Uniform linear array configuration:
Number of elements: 12
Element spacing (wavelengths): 0.5
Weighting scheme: hamming
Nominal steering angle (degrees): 60
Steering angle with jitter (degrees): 60.315
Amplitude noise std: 0.05
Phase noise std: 0.05

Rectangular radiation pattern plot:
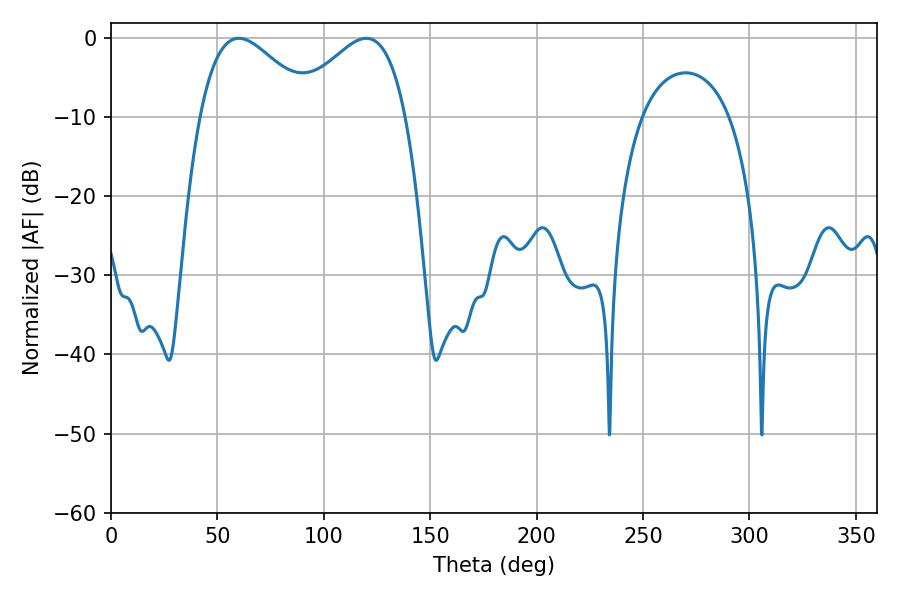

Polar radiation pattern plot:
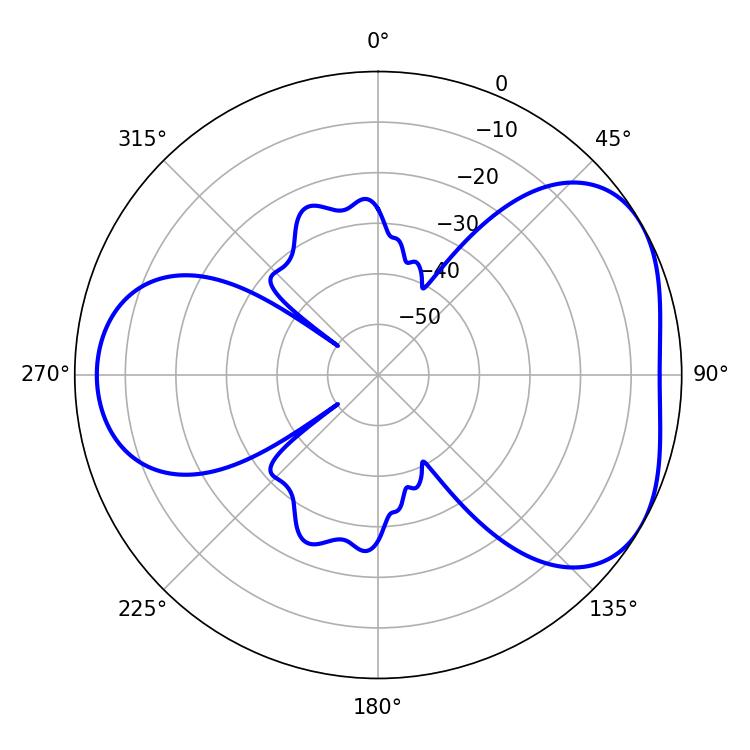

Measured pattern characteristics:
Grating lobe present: FALSE
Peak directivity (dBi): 4.347
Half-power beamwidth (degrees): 28.98
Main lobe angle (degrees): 60.12